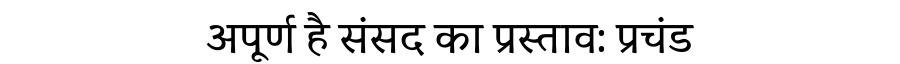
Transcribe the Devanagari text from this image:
अपूर्ण है संसद का प्रस्ताव: प्रचंड